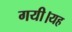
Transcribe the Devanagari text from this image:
गयी।यह